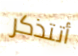
أتتذكر